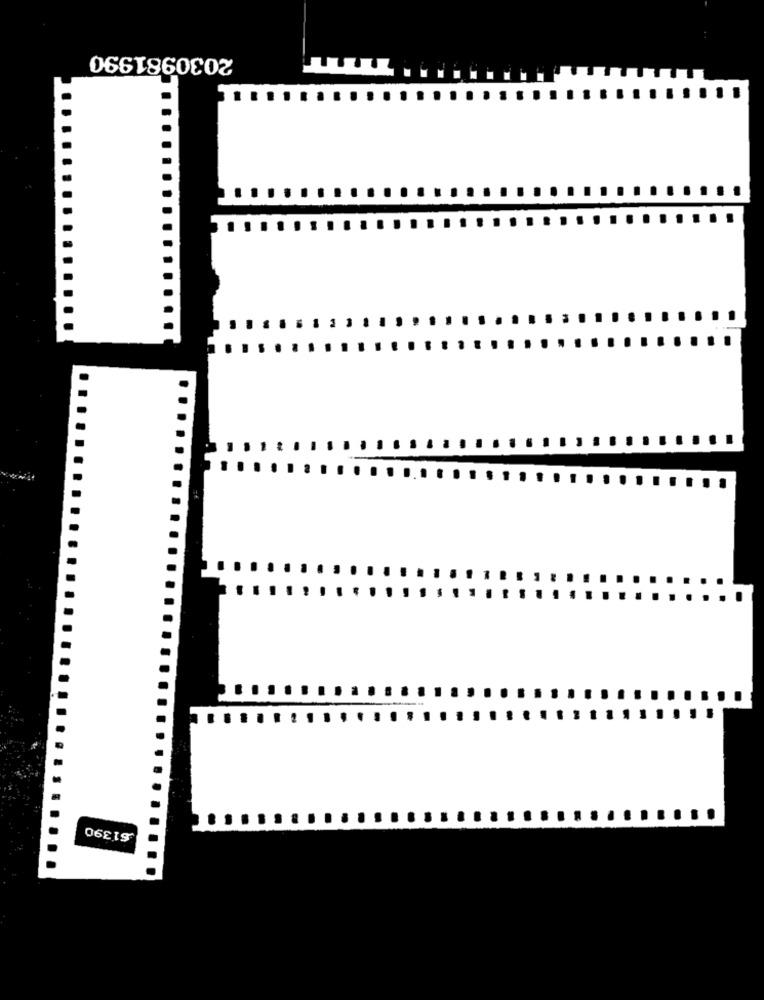
2030981990
61390